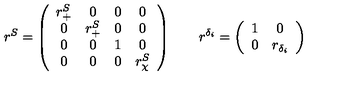
r ^ { S } = \left( \begin{array} { c c c c } { r _ { + } ^ { S } } & { 0 } & { 0 } & { 0 } \\ { 0 } & { r _ { + } ^ { S } } & { 0 } & { 0 } \\ { 0 } & { 0 } & { 1 } & { 0 } \\ { 0 } & { 0 } & { 0 } & { r _ { \chi } ^ { S } } \\ \end{array} \right) \qquad r ^ { \delta _ { i } } = \left( \begin{array} { c c } { 1 } & { 0 } \\ { 0 } & { r _ { \delta _ { i } } } \\ \end{array} \right)